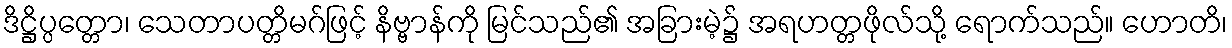
ဒိဋ္ဌိပ္ပတ္တော၊ သေတာပတ္တိမဂ်ဖြင့် နိဗ္ဗာန်ကို မြင်သည်၏ အခြားမဲ့၌ အရဟတ္တဖိုလ်သို့ ရောက်သည်။ ဟောတိ၊